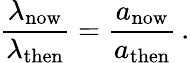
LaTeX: {\frac{\lambda_{\mathrm{now}}}{\lambda_{\mathrm{then}}}}={\frac{a_{\mathrm{now}}}{a_{\mathrm{then}}}}\, .